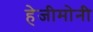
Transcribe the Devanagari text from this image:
हेजीमोनी